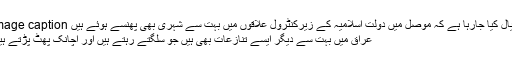
Image caption خیال کیا جارہا ہے کہ موصل میں دولت اسلامیہ کے زیرکنٹرول علاقوں میں بہت سے شہری بھی پھنسے ہوئے ہیں
عراق میں بہت سے دیگر ایسے تنازعات بھی ہیں جو سلگتے رہتے ہیں اور اچانک پھٹ پڑتے ہیں۔